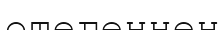
өтегеннен